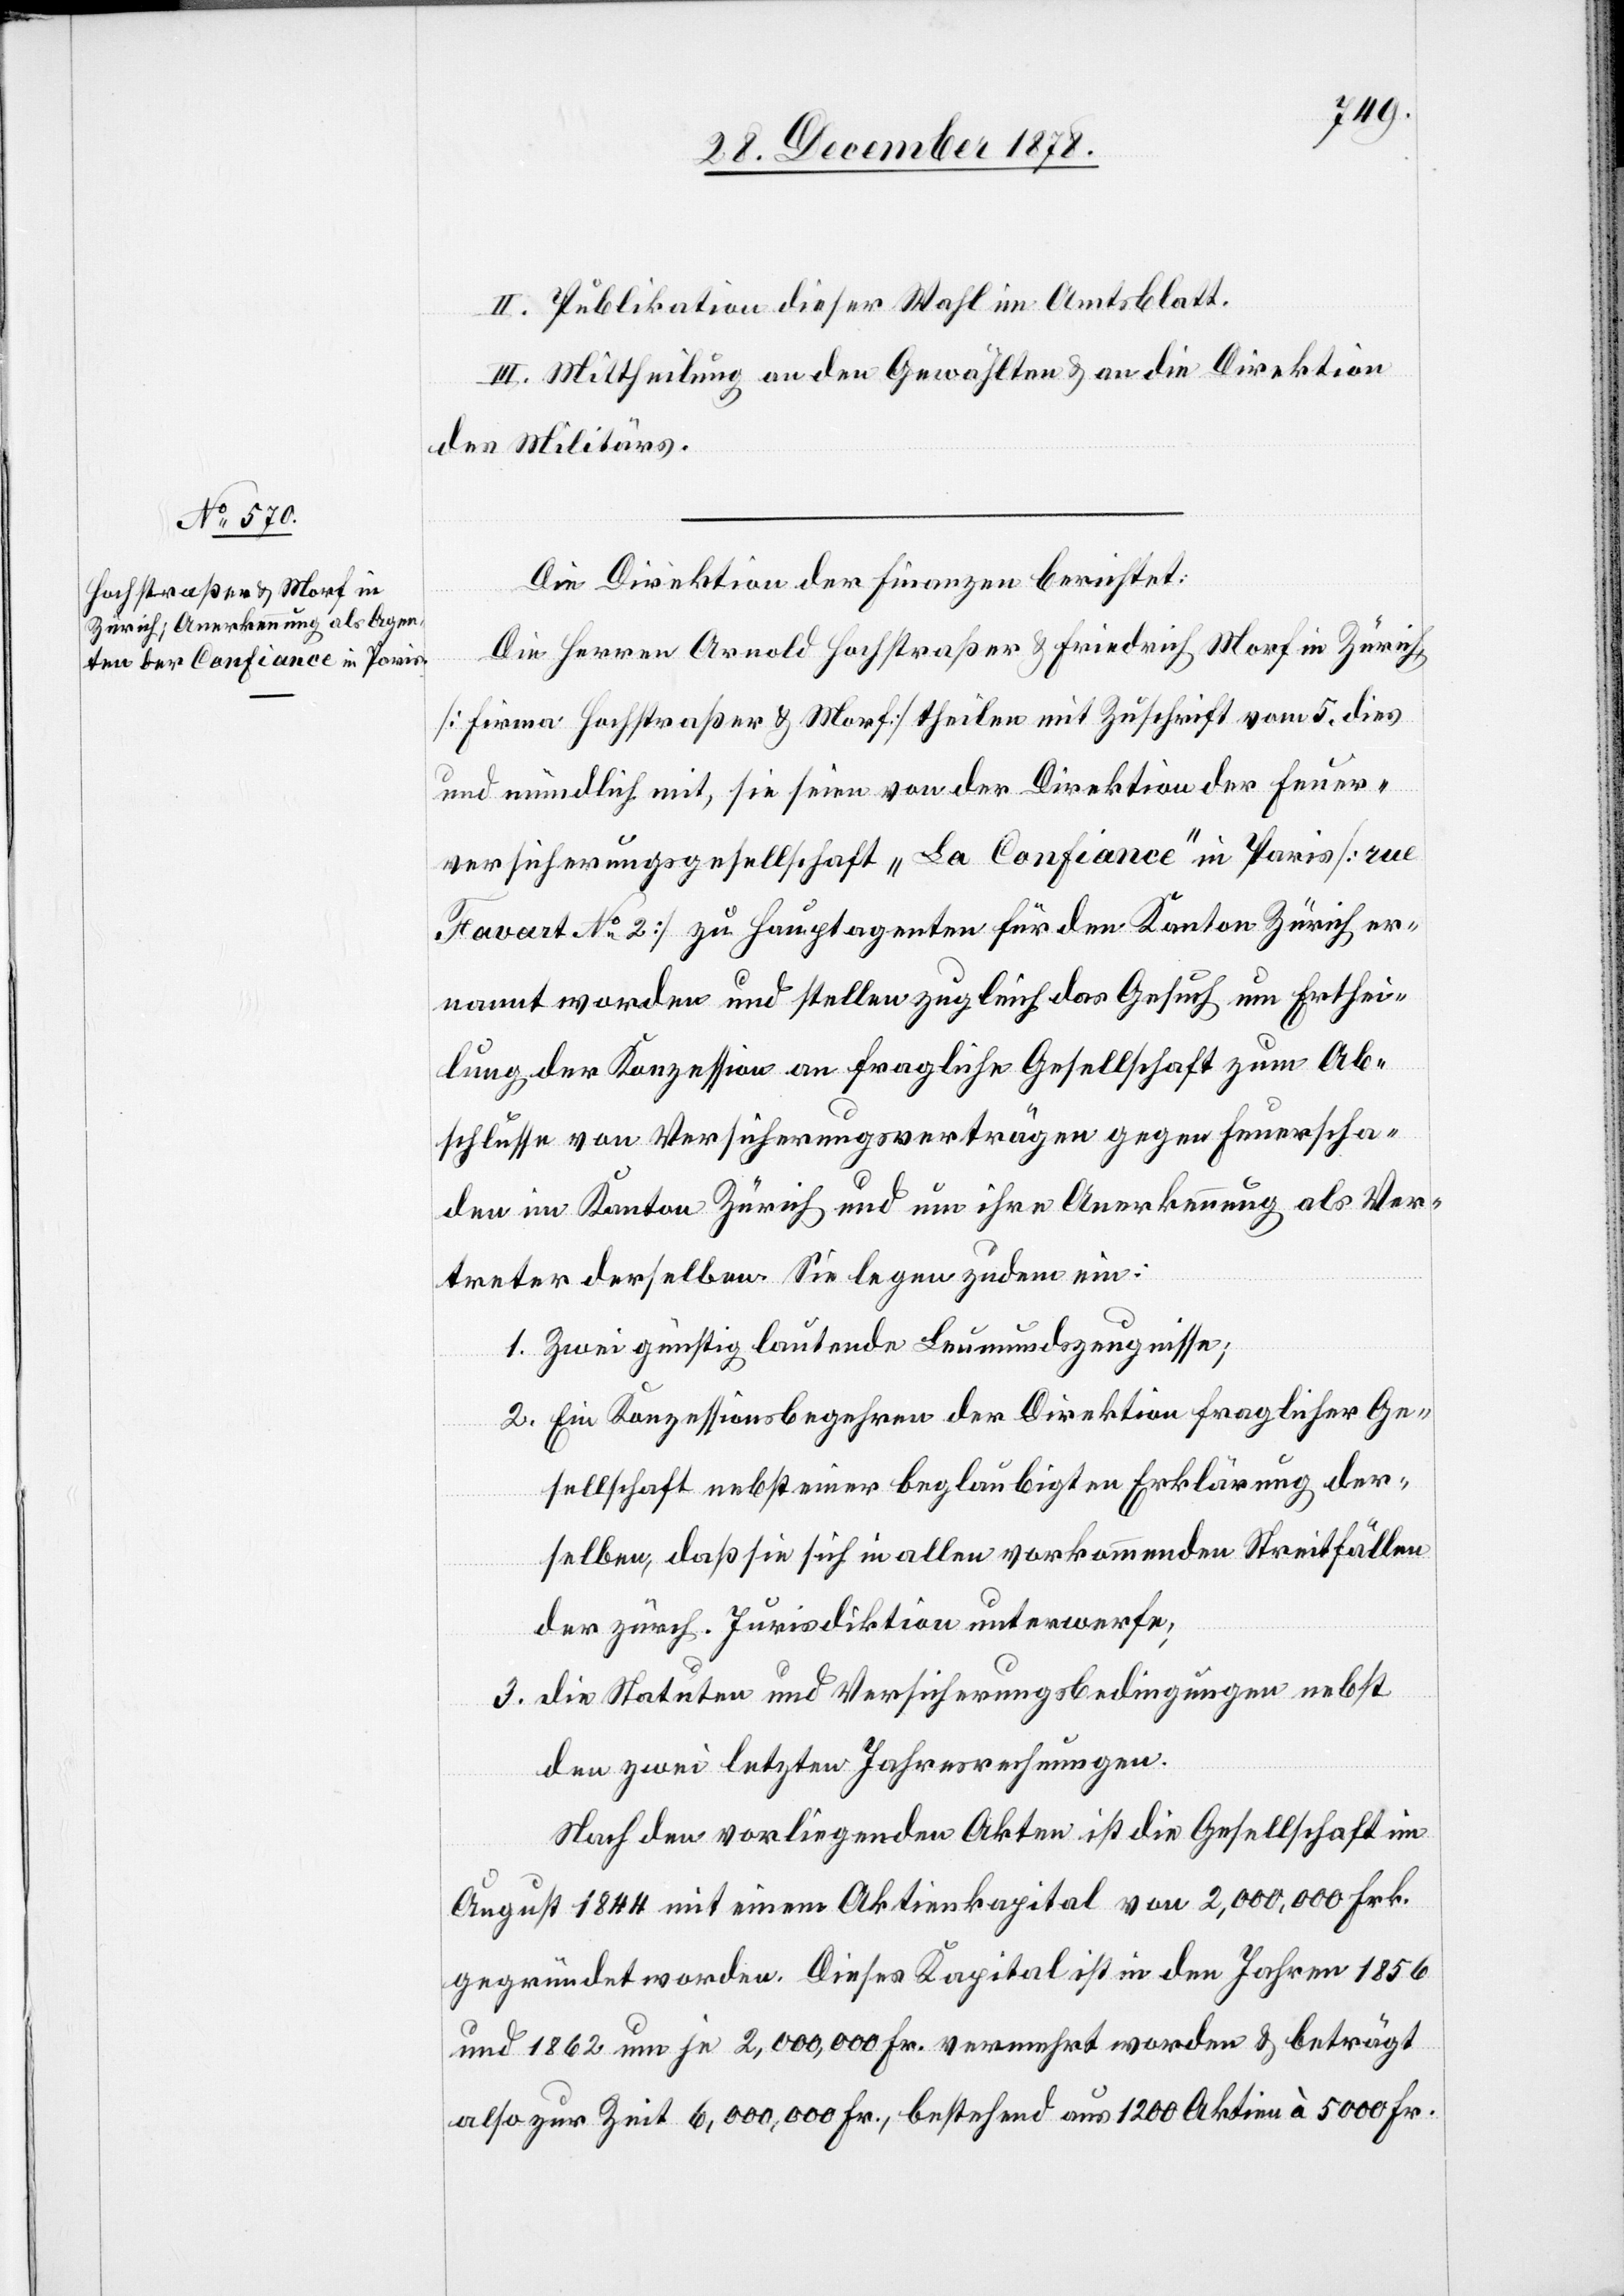
II. Publikation dieser Wahl im Amtsblatt.
III. Mittheilung an den Gewählten & an die Direktion
des Militärs.
Die Direktion der Finanzen berichtet:
Die Herren Arnold Hochstraßer & Friedrich Morf in Zürich,
[Firma Hochstraßer & Morf] theilen mit Zuschrift vom 5. dies
und mündlich mit, sie seien von der Direktion der Feuer¬
versicherungsgesellschaft „La Confiance“ in Paris [rue
Favart No 2] zu Hauptagenten für den Kanton Zürich er¬
nannt worden und stellen zugleich das Gesuch um Erthei¬
lung der Konzession an fragliche Gesellschaft zum Ab¬
schlusse von Versicherungsverträgen gegen Feuerscha¬
den im Kanton Zürich und um ihre Anerkennung als Ver¬
treter derselben. Sie legen zudem ein:
1. Zwei günstig lautende Leumundszeugnisse;
2. Ein Konzessionsbegehren der Direktion fraglicher Ge¬
sellschaft nebst einer beglaubigten Erklärung der¬
selben, daß sie sich in allen vorkommenden Streitfällen
der zürch. Jurisdiktion unterwerfe;
3. die Statuten und Versicherungsbedingungen nebst
den zwei letzten Jahresrechnungen.
Nach den vorliegenden Akten ist die Gesellschaft im
August 1844 mit einem Aktienkapital von 2,000,000 Frk.
gegründet worden. Dieses Kapital ist in den Jahren 1856
und 1862 um je 2,000,000 Fr. vermehrt worden & beträgt
also zur Zeit 6,000,000 Fr., bestehend aus 1200 Aktien à 5000 Fr.